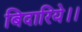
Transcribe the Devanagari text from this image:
बिदारिये।।